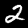
Label: 2